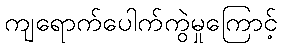
ကျရောက်ပေါက်ကွဲမှုကြောင့်